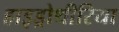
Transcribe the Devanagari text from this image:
हाइड्रोथीरिया